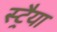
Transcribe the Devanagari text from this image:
स्ट्रैया